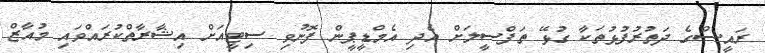
ރައީސްގެ ދަތުރުފުޅުތަކާ ގުޅޭ ތަފްސީލަށް އެދި އެމްޑީޕީން ފޮނުވި ސިޓީއަށް އިޝާރާތްކުރައްވައި މުއާޒް